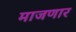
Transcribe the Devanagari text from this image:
माजणार